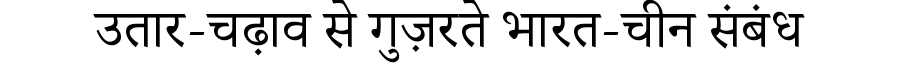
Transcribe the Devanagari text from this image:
उतार-चढ़ाव से गुज़रते भारत-चीन संबंध